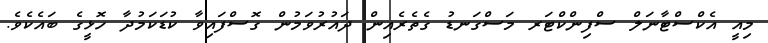
މިއީ އެކްސްޓާނަލް ސްފިންކްޓަރ މަސްގަނޑު ގެތެރެއިން ދައުރުވަމުން ގޮސްފައިވާ ކުޑަކަމުދާ ހޮޅީގެ ބައެކެވެ.